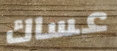
عساك